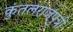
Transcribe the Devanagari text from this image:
कुंतलराजपुत्री